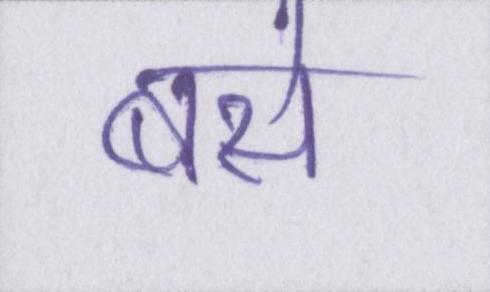
बसे